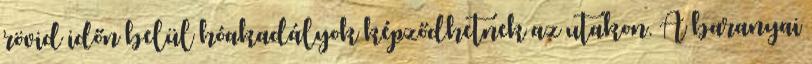
rövid időn belül hóakadályok képződhetnek az utakon. A baranyai